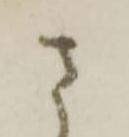
さ